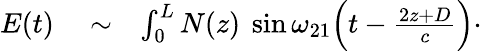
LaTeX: \begin{array}{rlr}{E(t)}&{{}\sim}&{\int_{0}^{L}N(z)\ \sin\omega_{21}\Big(t-\frac{2z+D}{c}\Big)\cdot}\end{array}